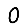
Digit: 0